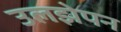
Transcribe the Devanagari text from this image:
उलझेपन